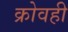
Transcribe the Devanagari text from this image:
क्रोवही